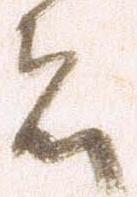
者